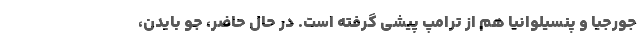
جورجیا و پنسیلوانیا هم از ترامپ پیشی گرفته است. در حال حاضر، جو بایدن،